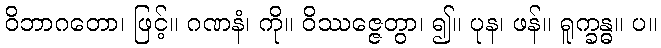
ဝိဘာဂတော၊ ဖြင့်။ ဂဏနံ၊ ကို။ ဝိဿဇ္ဇေတွာ၊ ၍။ ပုန၊ ဖန်။ ရူက္ခန္ဓ။ ပ။